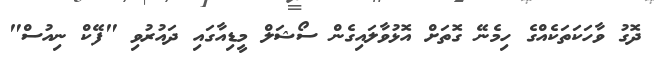
ދޮގު ވާހަކަތަކެއްގެ ހިމެނޭ ގޮތަށް އޮޅުވާލައިގެން ސޯޝަލް މީޑިއާގައި ދައުރުވި "ފޭކް ނިއުސް"